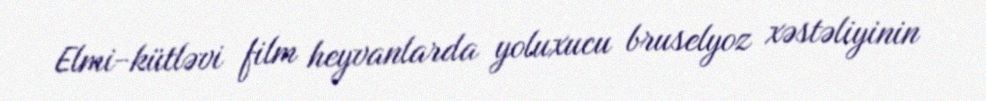
Elmi-kütləvi film heyvanlarda yoluxucu bruselyoz xəstəliyinin